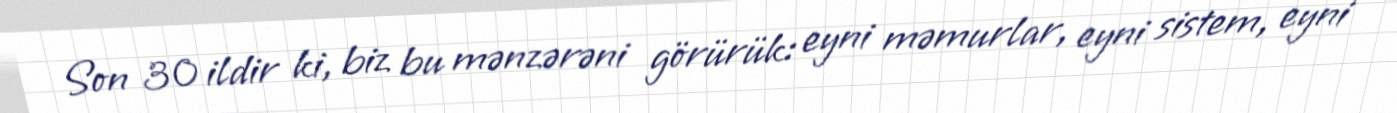
Son 30 ildir ki, biz bu mənzərəni görürük: eyni məmurlar, eyni sistem, eyni